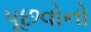
પૂછવોનો